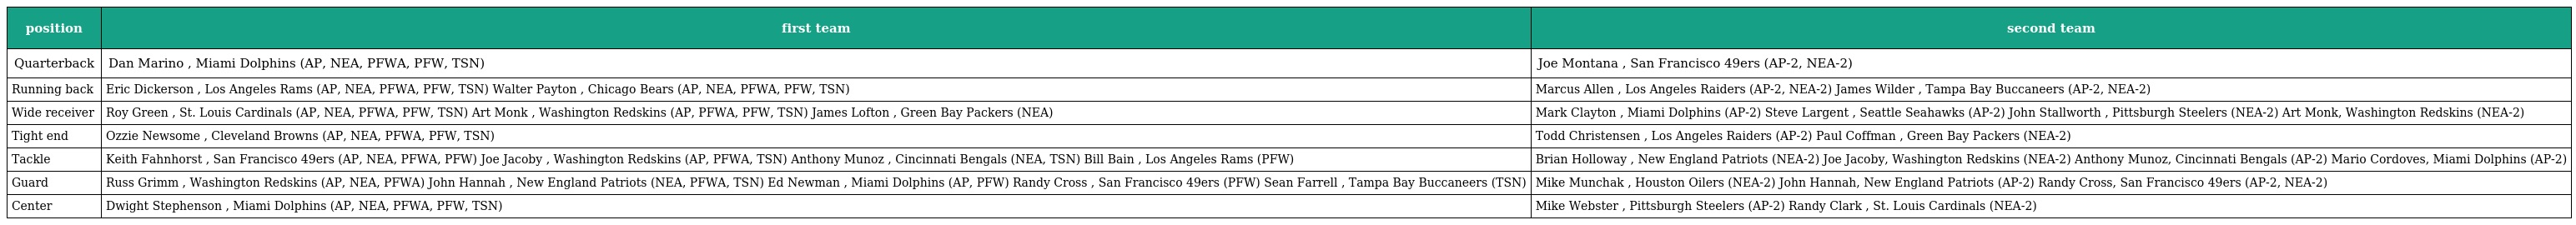
| position | first team | second team |
 | --- | --- | --- |
 | Quarterback | Dan Marino , Miami Dolphins (AP, NEA, PFWA, PFW, TSN) | Joe Montana , San Francisco 49ers (AP-2, NEA-2) |
 | Running back | Eric Dickerson , Los Angeles Rams (AP, NEA, PFWA, PFW, TSN) Walter Payton , Chicago Bears (AP, NEA, PFWA, PFW, TSN) | Marcus Allen , Los Angeles Raiders (AP-2, NEA-2) James Wilder , Tampa Bay Buccaneers (AP-2, NEA-2) |
 | Wide receiver | Roy Green , St. Louis Cardinals (AP, NEA, PFWA, PFW, TSN) Art Monk , Washington Redskins (AP, PFWA, PFW, TSN) James Lofton , Green Bay Packers (NEA) | Mark Clayton , Miami Dolphins (AP-2) Steve Largent , Seattle Seahawks (AP-2) John Stallworth , Pittsburgh Steelers (NEA-2) Art Monk, Washington Redskins (NEA-2) |
 | Tight end | Ozzie Newsome , Cleveland Browns (AP, NEA, PFWA, PFW, TSN) | Todd Christensen , Los Angeles Raiders (AP-2) Paul Coffman , Green Bay Packers (NEA-2) |
 | Tackle | Keith Fahnhorst , San Francisco 49ers (AP, NEA, PFWA, PFW) Joe Jacoby , Washington Redskins (AP, PFWA, TSN) Anthony Munoz , Cincinnati Bengals (NEA, TSN) Bill Bain , Los Angeles Rams (PFW) | Brian Holloway , New England Patriots (NEA-2) Joe Jacoby, Washington Redskins (NEA-2) Anthony Munoz, Cincinnati Bengals (AP-2) Mario Cordoves, Miami Dolphins (AP-2) |
 | Guard | Russ Grimm , Washington Redskins (AP, NEA, PFWA) John Hannah , New England Patriots (NEA, PFWA, TSN) Ed Newman , Miami Dolphins (AP, PFW) Randy Cross , San Francisco 49ers (PFW) Sean Farrell , Tampa Bay Buccaneers (TSN) | Mike Munchak , Houston Oilers (NEA-2) John Hannah, New England Patriots (AP-2) Randy Cross, San Francisco 49ers (AP-2, NEA-2) |
 | Center | Dwight Stephenson , Miami Dolphins (AP, NEA, PFWA, PFW, TSN) | Mike Webster , Pittsburgh Steelers (AP-2) Randy Clark , St. Louis Cardinals (NEA-2) |